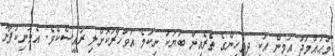
މުޙައްމަދު އަމީން އަކީ ދިވެހިންގެ ތެރެއިން ބަޔަކު ނިކުމެ އަވަހާރަކޮށްލި ރައީސެކެވެ. އެމަނިކުފާނު